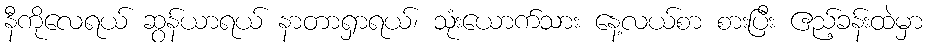
နီကိုလေရယ် ဆွန်ယာရယ် နာတာရှာရယ်၊ သုံးယောက်သား နေ့လယ်စာ စားပြီး ဧည့်ခန်းထဲမှာ